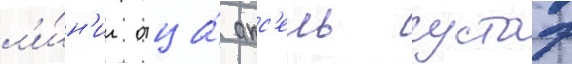
л'и́н'ии отца́ акс'ель густаф